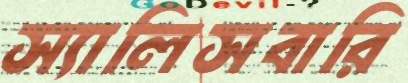
স্যালিসবারি